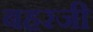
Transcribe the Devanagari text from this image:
बहरजी